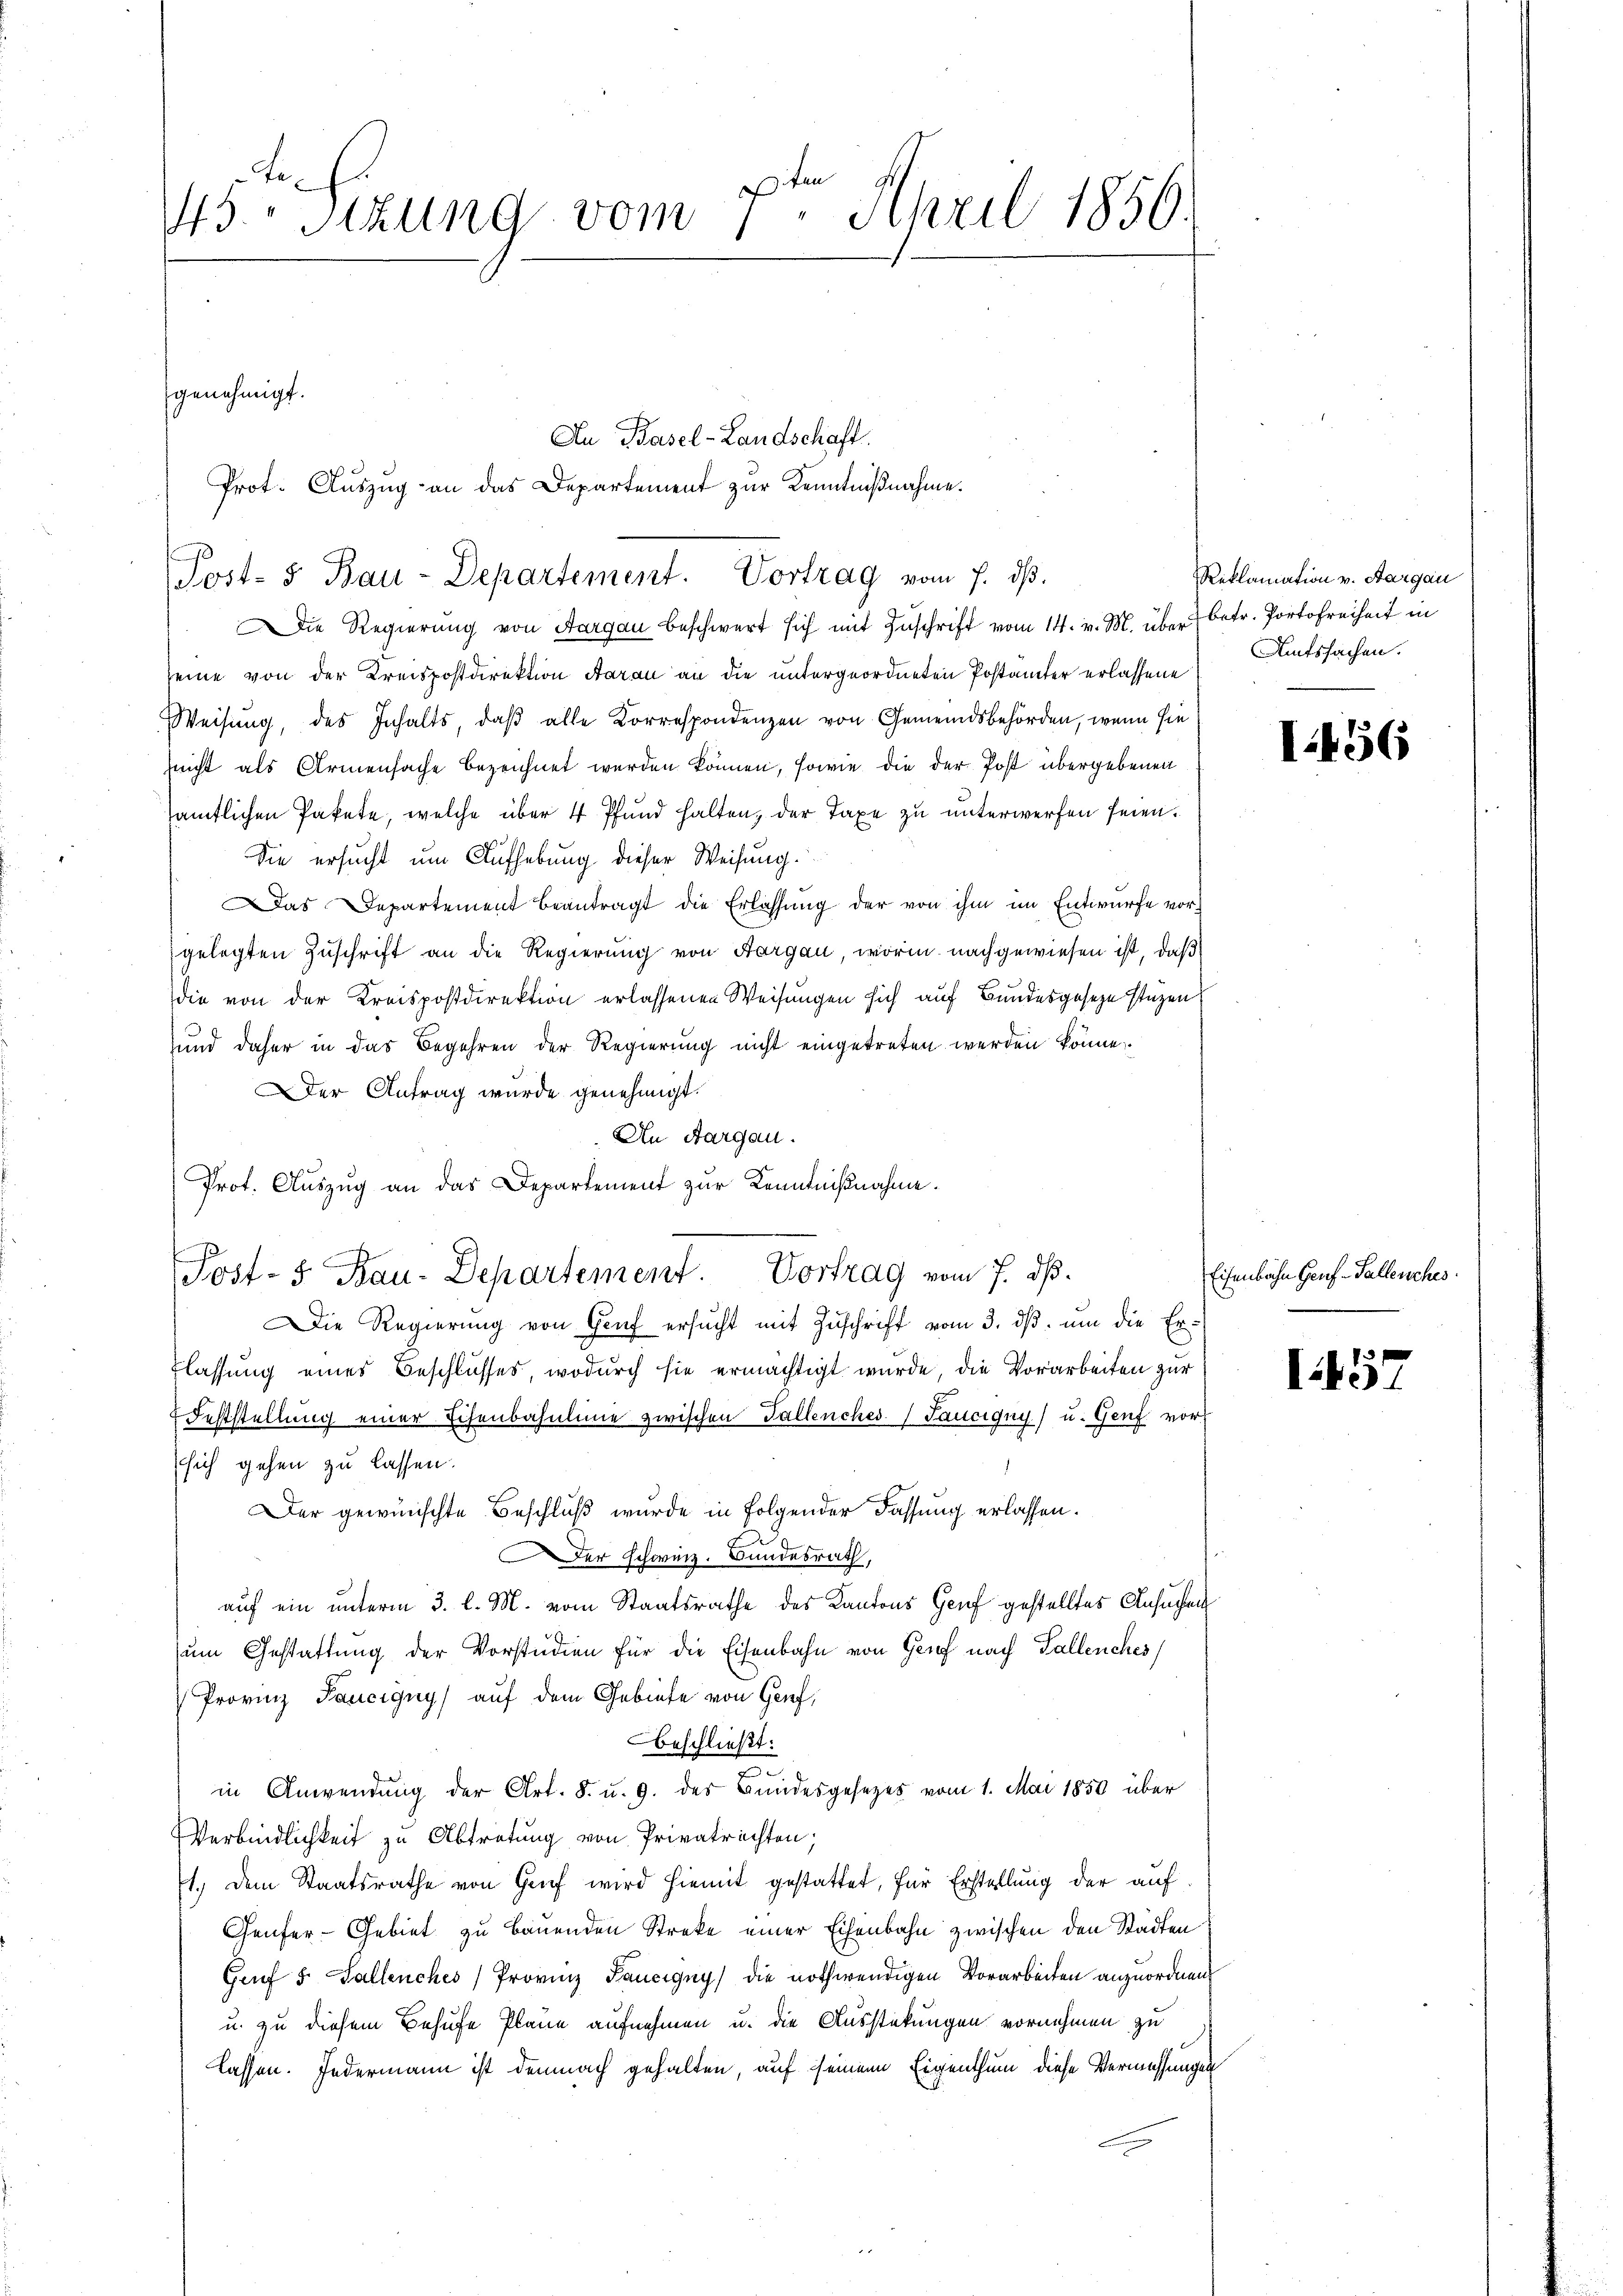
45. Sizung vom 7. April 1856.
genehmigt.

Post- & Bau-Departement. Vortrag vom 7. ds.

Die Regierung von Aargau beschwert sich mit Zuschrift vom 14. v. M. über betr. Portofreiheit in
seine von der Kreispostdirektion Aarau an die untergeordneten Postämter erlassene
Weisung, des Inhalts, daß alle Korrespondenzen von Gemeindsbehörden, wenn sie
nicht als Armensache bezeichnet werden können, sowie die der Post übergebenen
sämtlichen Pakete, welche über 4 Pfund halten, der Taxe zu unterwerfen seien.
Sie ersucht um Aufhebung dieser Weisung.
as Departement beantragt die Erlassung der von ihm im Entwurfe vorgelegten Zuschrift an die Regierung von Aargau, worin nachgewiesen ist, daß
die von der Kreispostdirektion erlassenen Weisungen sich auf Bundesgesetze stüzen
und daher in das Begehren der Regierung nicht eingetreten werden könne
er Antrag wurde genehmigt.
An Aargau.
Prof. Auszug an das Departement zur Kenntnißnahme.

An Basel-Landschaft.
Prot. Aŭszŭg an das Departement zŭr Kenntniβnahme.

Post- 5. Rau-Departement Vortrag vom 7. ds.

Reklamation v. Aargau
Amtssachen.

Die Regierung von Genf ersŭcht mit Zuschrift vom 3. dβ. um die Erflassung eines Beschlusses, wodurch sie ermächtigt wurde, die Vorarbeiten zur
Feststellung einer Eisenbahnlinie zwischen Fallenches. (Taucigny) u. Genf vorsich gehen zu lassen.
Der gewünschte Beschluß wurde in folgender Fassung erlassen.
Der Schweiz. Bundesrath,
auf ein unterm 3. l. M. vom Staatsrathe des Kantons Genf gestelltes Ansuchen
zum Gestattung der Vorstudien für die Eisenbahn von Genf nach Fallenches
Provinz Faucigny auf dem Gebiete von Genf,
beschließt:
in Anwendung der Art. 8. u. 9. des Bundesgesezes vom 1. Mai 1850 über
Verbindlichkeit zu Abtretung von Privatrechten;
1.) Dem Staatsrathe von Genf wird hiemit gestattet, für Erstellung der auf
Genfer-Gebiet zu bauenden Streke einer Eisenbahn zwischen den Städten
Gruf 5. Gallenches Provinz Paucigny die nothwendigen Vorarbeiten anzuordnen
u. zu diesem Behufe Plane aufnehmen u. die Ausstekungen vornehmen zu
lassen. Jedermann ist demnach gehalten, auf seinem Eigenthum diese Vermessungen

I.456

Eisenbahn Genf. Gallenches.

45